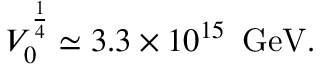
V _ { 0 } ^ { \frac { 1 } { 4 } } \simeq 3 . 3 \times 1 0 ^ { 1 5 } \, \, \, \mathrm { G e V } .